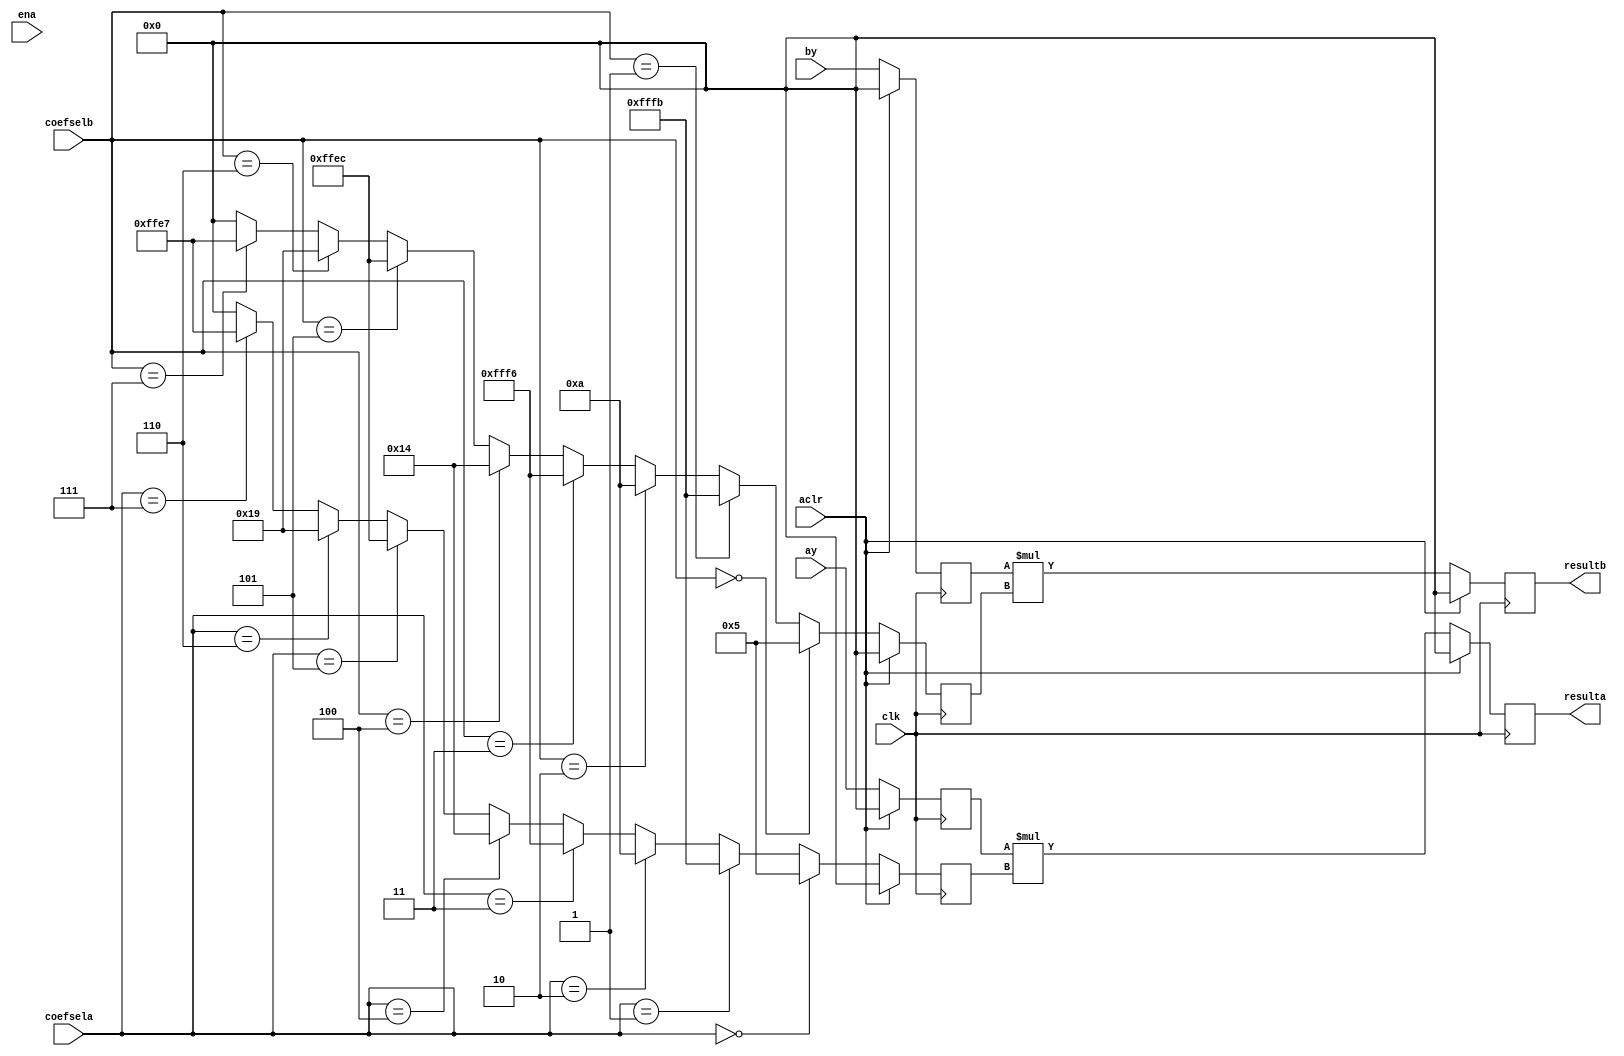
`define SIMULATION_MEMORY

module winograd_dsp_16 (
	input clk,
	input ena,
	input aclr,
	input [15:0] ay,
	input [15:0] by,
	input [2:0] coefsela,
	input [2:0] coefselb,
	output [15:0] resulta,
	output [15:0] resultb
);

reg [15:0] coefa, coefb, ay_reg, by_reg, resa_reg, resb_reg;
assign resulta = resa_reg;
assign resultb = resb_reg;

always @ (posedge clk) begin
	if (aclr) begin
		coefa <= 0;
		coefb <= 0;
		ay_reg <= 0;
		by_reg <= 0;
		resa_reg <= 0;
		resb_reg <= 0;
	end else begin
		ay_reg <= ay;
		by_reg <= by;
		if (coefsela == 0) begin
			coefa <= 5;
		end else if (coefsela == 1) begin
			coefa <= -5;
		end else if (coefsela == 2) begin
			coefa <= 10;
		end else if (coefsela == 3) begin
			coefa <= -10;
		end else if (coefsela == 4) begin
			coefa <= 20;
		end else if (coefsela == 5) begin
			coefa <= -20;
		end else if (coefsela == 6) begin
			coefa <= 25;
		end else if (coefsela == 7) begin
			coefa <= -25;
		end else begin
			coefa <= 0;
		end
		if (coefselb == 0) begin
			coefb <= 5;
		end else if (coefselb == 1) begin
			coefb <= -5;
		end else if (coefselb == 2) begin
			coefb <= 10;
		end else if (coefselb == 3) begin
			coefb <= -10;
		end else if (coefselb == 4) begin
			coefb <= 20;
		end else if (coefselb == 5) begin
			coefb <= -20;
		end else if (coefselb == 6) begin
			coefb <= 25;
		end else if (coefselb == 7) begin
			coefb <= -25;
		end else begin
			coefb <= 0;
		end
		resa_reg <= ay_reg * coefa;
		resb_reg <= by_reg * coefb;
	end
end

endmodule